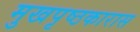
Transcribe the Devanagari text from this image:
मुखपृष्ठकारास